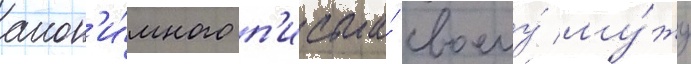
анон'и́много п'исьма́ своему́ му́жу